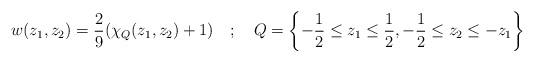
LaTeX: \begin{align*}w(z_1, z_2)=\frac{2}{9}(\chi_Q(z_1, z_2)+1) \ \ \ ; \ \ \ Q=\left\{-\frac{1}{2}\leq z_1\leq \frac{1}{2},-\frac{1}{2}\leq z_2 \leq -z_1\right\} \end{align*}